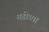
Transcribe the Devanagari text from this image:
मढीच्या